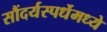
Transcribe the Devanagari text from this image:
सौंदर्यस्पर्धेमध्ये